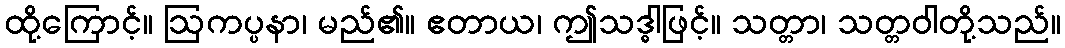
ထို့ကြောင့်။ ဩကပ္ပနာ၊ မည်၏။ ဧတာယ၊ ဤသဒ္ဓါဖြင့်။ သတ္တာ၊ သတ္တဝါတို့သည်။